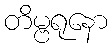
တိမ္ဗရုနော